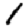
Digit: 1